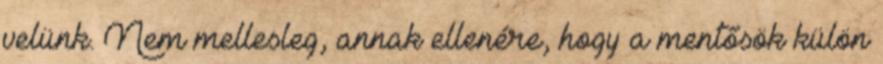
velünk. Nem mellesleg, annak ellenére, hogy a mentősök külön